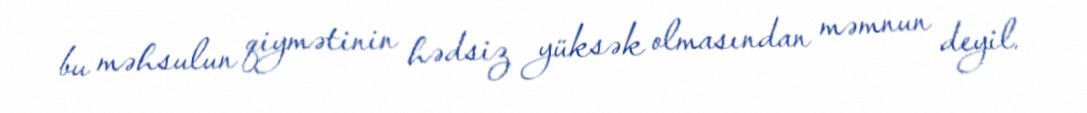
bu məhsulun qiymətinin hədsiz yüksək olmasından məmnun deyil.